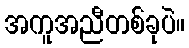
အကူအညီတစ်ခုပဲ။